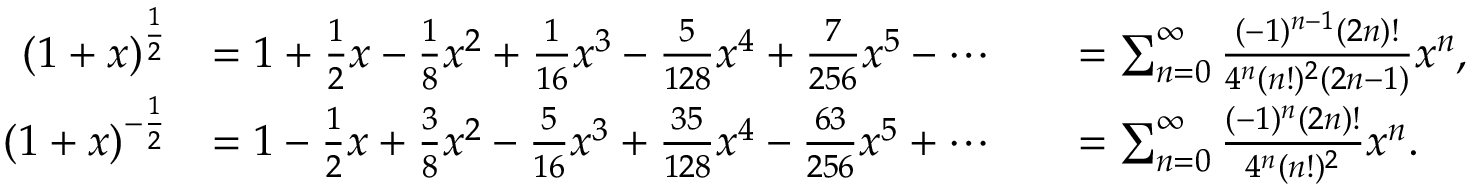
{ \begin{array} { r l r l } { ( 1 + x ) ^ { \frac { 1 } { 2 } } } & { = 1 + { \frac { 1 } { 2 } } x - { \frac { 1 } { 8 } } x ^ { 2 } + { \frac { 1 } { 1 6 } } x ^ { 3 } - { \frac { 5 } { 1 2 8 } } x ^ { 4 } + { \frac { 7 } { 2 5 6 } } x ^ { 5 } - \cdots } & & { = \sum _ { n = 0 } ^ { \infty } { \frac { ( - 1 ) ^ { n - 1 } ( 2 n ) ! } { 4 ^ { n } ( n ! ) ^ { 2 } ( 2 n - 1 ) } } x ^ { n } , } \\ { ( 1 + x ) ^ { - { \frac { 1 } { 2 } } } } & { = 1 - { \frac { 1 } { 2 } } x + { \frac { 3 } { 8 } } x ^ { 2 } - { \frac { 5 } { 1 6 } } x ^ { 3 } + { \frac { 3 5 } { 1 2 8 } } x ^ { 4 } - { \frac { 6 3 } { 2 5 6 } } x ^ { 5 } + \cdots } & & { = \sum _ { n = 0 } ^ { \infty } { \frac { ( - 1 ) ^ { n } ( 2 n ) ! } { 4 ^ { n } ( n ! ) ^ { 2 } } } x ^ { n } . } \end{array} }